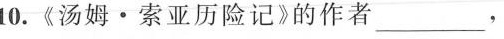
10.《汤姆·索亚历险记》的作者___，